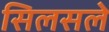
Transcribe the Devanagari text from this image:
सिलसले